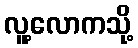
လူ့လောကသို့